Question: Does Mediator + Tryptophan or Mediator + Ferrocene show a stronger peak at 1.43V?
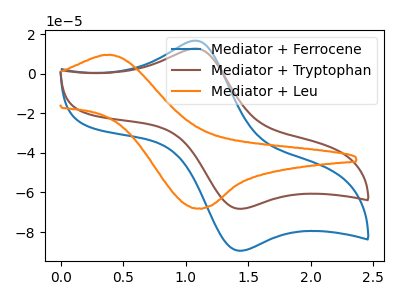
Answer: <think>The blue curve "Mediator + Ferrocene" has an anodic peak at (1.10V, 16.75uA) and a cathodic peak at (1.45V, -89.50uA). The brown curve "Mediator + Tryptophan" has an anodic peak at (1.10V, 12.75uA) and a cathodic peak at (1.45V, -68.25uA). The orange curve "Mediator + Leu" has an anodic peak at (0.35V, 9.55uA) and a cathodic peak at (1.10V, -68.05uA).</think>
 <answer>The peak at 1.43V is lower in "Mediator + Tryptophan" than in "Mediator + Ferrocene".</answer>
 <eval>lower</eval>